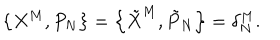
\left\{ X ^ { M } , P _ { N } \right\} = \left\{ \tilde { X } ^ { M } , \tilde { P } _ { N } \right\} = \delta _ { N } ^ { M } .